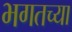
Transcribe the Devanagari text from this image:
भगतच्या